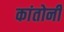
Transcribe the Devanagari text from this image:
कांतोनी